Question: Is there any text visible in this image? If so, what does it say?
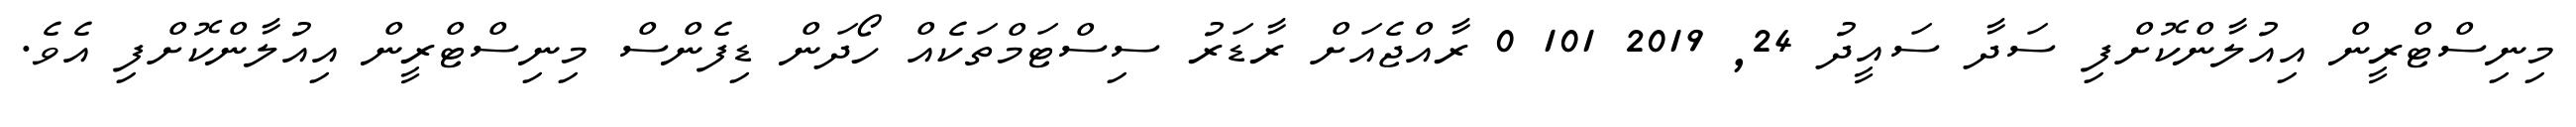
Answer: މިނިސްޓްރީން އިއުލާންކޮށްފި ސަދާ ސައީދު 24, 2019 101 0 ރާއްޖެއަށް ރާޑަރު ސިސްޓަމްތަކެއް ހޯދަން ޑިފެންސް މިނިސްޓްރީން އިއުލާންކޮށްފި އެވެ.